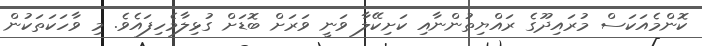
ކޮންމެއަކަސް މުރައިދޫގެ ރައްޔިތުންނާއި ކަށިކޭލާ ވަނީ ވަރަށް ބޮޑަށް ގުޅިލާމެހިފައެވެ. މި ވާހަކަތަކުން